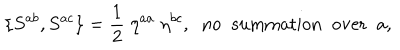
\{ S ^ { a b } , S ^ { a c } \} = \frac { 1 } { 2 } \; \eta ^ { a a } \; \eta ^ { b c } , \; \; \mathrm { n o \; \; s u m m a t i o n \; \; o v e r \; \; a } ,